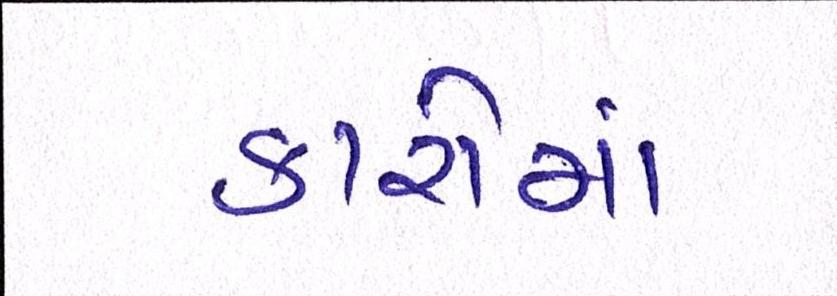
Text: કારોમાં